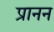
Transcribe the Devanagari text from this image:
प्रानन